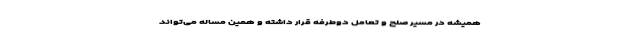
همیشه در مسیر صلح و تعامل دوطرفه قرار داشته و همین مساله می‌تواند